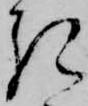
き